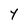
Character: Y